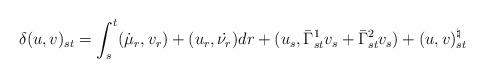
LaTeX: \begin{align*}\delta (u,v)_{st} & = \int_s^t (\dot{\mu}_r, v_r) + (u_r, \dot{\nu_r}) dr + (u_s, \bar{\Gamma}_{st}^{1} v_s + \bar{\Gamma}_{st}^{2} v_s ) + (u,v)_{st}^{\natural}\end{align*}